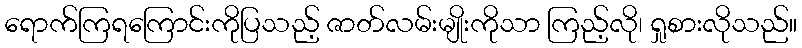
ရောက်ကြရကြောင်းကိုပြသည့် ဇာတ်လမ်းမျိုးကိုသာ ကြည့်လို၊ ရှုစားလိုသည်။